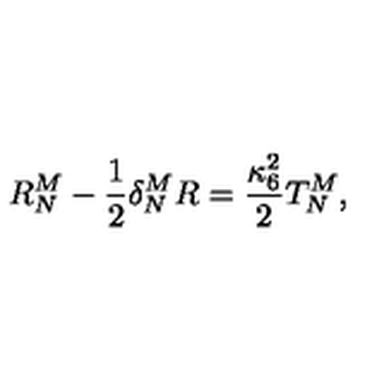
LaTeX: R _ { N } ^ { M } - \frac { 1 } { 2 } \delta _ { N } ^ { M } R = \frac { \kappa _ { 6 } ^ { 2 } } { 2 } T _ { N } ^ { M } ,